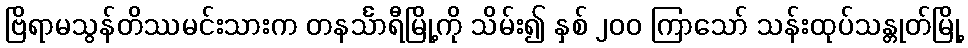
ဗြိရာမသွန်တိဿမင်းသားက တနင်္သာရီမြို့ကို သိမ်း၍ နှစ် ၂၀၀ ကြာသော် သန်းထုပ်သန္တုတ်မြို့